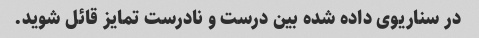
در سناریوی داده شده بین درست و نادرست تمایز قائل شوید.